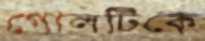
গোলটিকে